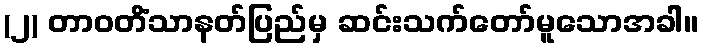
(၂) တာဝတိံသာနတ်ပြည်မှ ဆင်းသက်တော်မူသောအခါ။